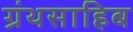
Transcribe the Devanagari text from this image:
ग्रंथसाहिब